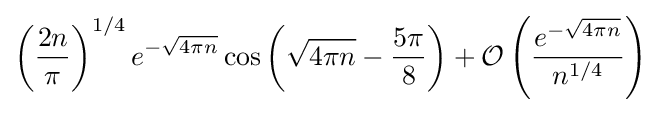
\left({\frac {2n}{\pi }}\right)^{1/4}e^{-{\sqrt {4\pi n}}}\cos \left({\sqrt {4\pi n}}-{\frac {5\pi }{8}}\right)+{\mathcal {O}}\left({\frac {e^{-{\sqrt {4\pi n}}}}{n^{1/4}}}\right)